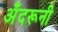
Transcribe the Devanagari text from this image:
अँदरूनी